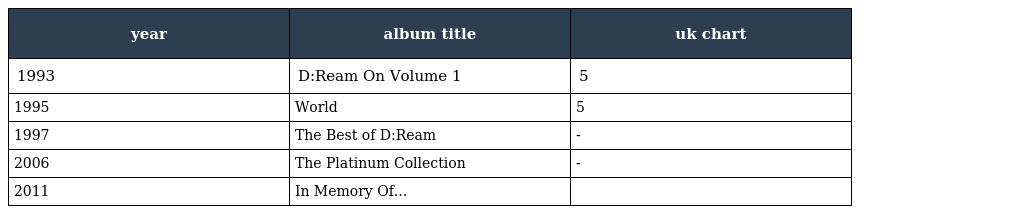
| year | album title | uk chart |
 | --- | --- | --- |
 | 1993 | D:Ream On Volume 1 | 5 |
 | 1995 | World | 5 |
 | 1997 | The Best of D:Ream | - |
 | 2006 | The Platinum Collection | - |
 | 2011 | In Memory Of... |  |